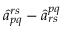
\hat { a } _ { p q } ^ { r s } - \hat { a } _ { r s } ^ { p q }